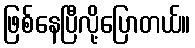
ဖြစ်နေပြီလို့ပြောတယ်။